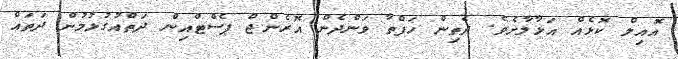
އޮއިލް ކޮޅެއް އަޅާލާށެވެ. ދެތިން ހަފްތާ ވަންދެން އޮރެންޖް ޕެސްޓްއިން ދަތްއުގުޅުމުން ދަތައް